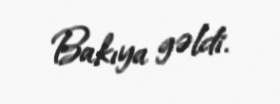
Bakıya gəldi.